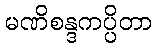
မဏိစန္ဒကပ္ပိတာ